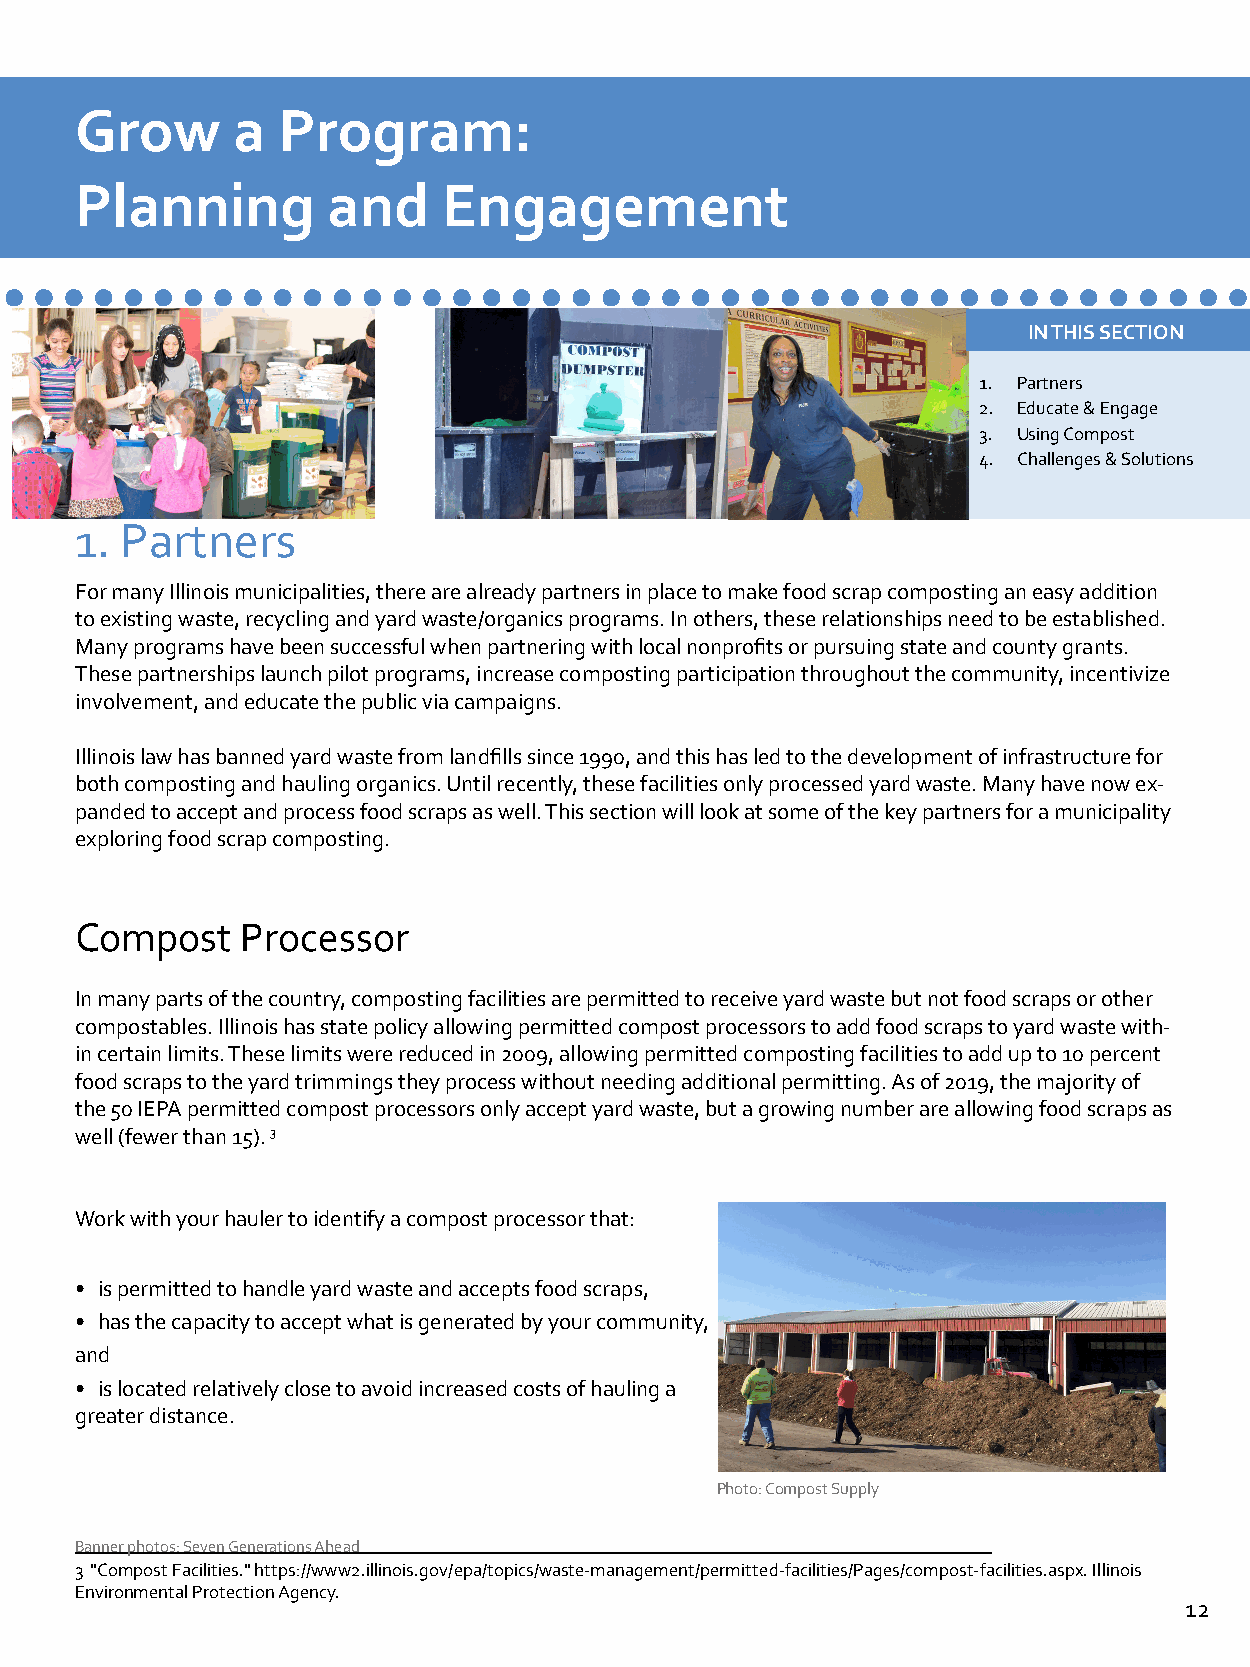
Grow      a  Program:
 Planning         and    Engagement
 ..........................................
 IN THIS SECTION
 1. Partners
 2. Educate & Engage
 3. Using Compost
 4. Challenges & Solutions
 1. Partners
 For many Illinois municipalities, there are already partners in place to make food scrap composting an easy addition
 to existing waste, recycling and yard waste/organics programs. In others, these relationships need to be established.
 Many programs have been successful when partnering with local nonprofits or pursuing state and county grants.
 These partnerships launch pilot programs, increase composting participation throughout the community, incentivize
 involvement, and educate the public via campaigns.
 Illinois law has banned yard waste from landfills since 1990, and this has led to the development of infrastructure for
 both composting and hauling organics. Until recently, these facilities only processed yard waste. Many have now ex-
 panded to accept and process food scraps as well. This section will look at some of the key partners for a municipality
 exploring food scrap composting.
 Compost    Processor
 In many parts of the country, composting facilities are permitted to receive yard waste but not food scraps or other
 compostables. Illinois has state policy allowing permitted compost processors to add food scraps to yard waste with-
 in certain limits. These limits were reduced in 2009, allowing permitted composting facilities to add up to 10 percent
 food scraps to the yard trimmings they process without needing additional permitting. As of 2019, the majority of
 the 50 IEPA permitted compost processors only accept yard waste, but a growing number are allowing food scraps as
 well (fewer than 15). 3
 Work with your hauler to identify a compost processor that:
 • is permitted to handle yard waste and accepts food scraps,
 • has the capacity to accept what is generated by your community,
 and
 • is located relatively close to avoid increased costs of hauling a
 greater distance.
 Photo: Compost Supply
 Banner photos: Seven Generations Ahead
 3 "Compost Facilities." https://www2.illinois.gov/epa/topics/waste-management/permitted-facilities/Pages/compost-facilities.aspx. Illinois
 Environmental Protection Agency.
 12